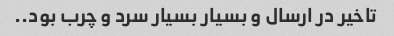
تاخیر در ارسال و بسیار بسیار سرد و چرب بود..